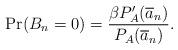
LaTeX: \begin{align*} \Pr(B_n = 0) = \frac{\beta P'_A(\overline{a}_n)}{P_A(\overline{a}_n)}.\end{align*}